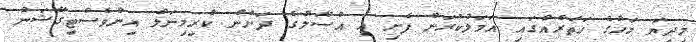
މިދިޔަ މަހުގެ ހަތަރެއްގައި އަމަލުކުރަން ފެށި އެ އުސޫލުގެ ދަށުން ކްރިމިނަލް އިންވެސްޓިގޭޝަން